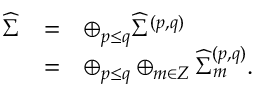
\begin{array} { l c l } { { { \widehat \Sigma } } } & { { = } } & { { \oplus _ { p \leq q } { \widehat \Sigma } ^ { ( p , q ) } } } \\ { { } } & { { = } } & { { \oplus _ { p \leq q } \oplus _ { m \in Z } { \widehat \Sigma } _ { m } ^ { ( p , q ) } . } } \end{array}